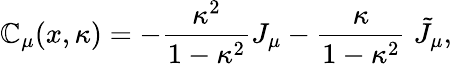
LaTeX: \mathbb{C}_{\mu}(x,\kappa)=-\frac{{\kappa^{2}}}{{1-\kappa^{2}}}J_{\mu}-\frac{\kappa}{{1-\kappa^{2}}}\; \tilde{{J}}_{\mu},